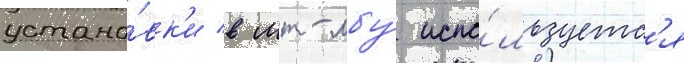
устано́вк'и в мт-лбу́ испо́льзуетс'я